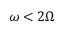
\omega < 2 \Omega